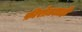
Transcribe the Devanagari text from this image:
फ़ीरोज़शाही